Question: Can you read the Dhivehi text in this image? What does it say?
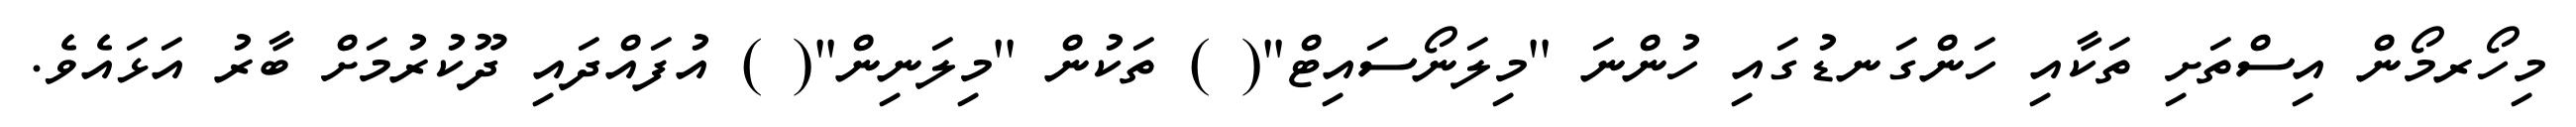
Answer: މިހޯރމޯން އިސްތަށި ތަކާއި ހަންގަނޑުގައި ހުންނަ ''މިލަނޯސައިޓް''( ) ތަކުން ''މިލަނިން''( ) އުފައްދައި ދޫކުރުމަށް ބާރު އަޅައެވެ.